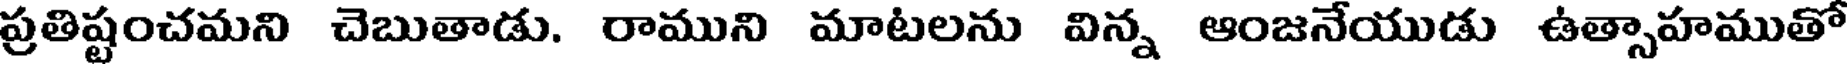
ప్రతిష్టంచమని చెబుతాడు. రాముని మాటలను విన్న ఆంజనేయుడు ఉత్సాహముతో